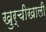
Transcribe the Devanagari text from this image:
खुर्चीखाली